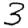
Digit: 3